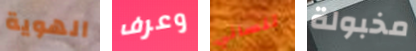
الهوية وعرف تنساني مخبولة